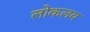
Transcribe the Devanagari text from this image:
लोकलय